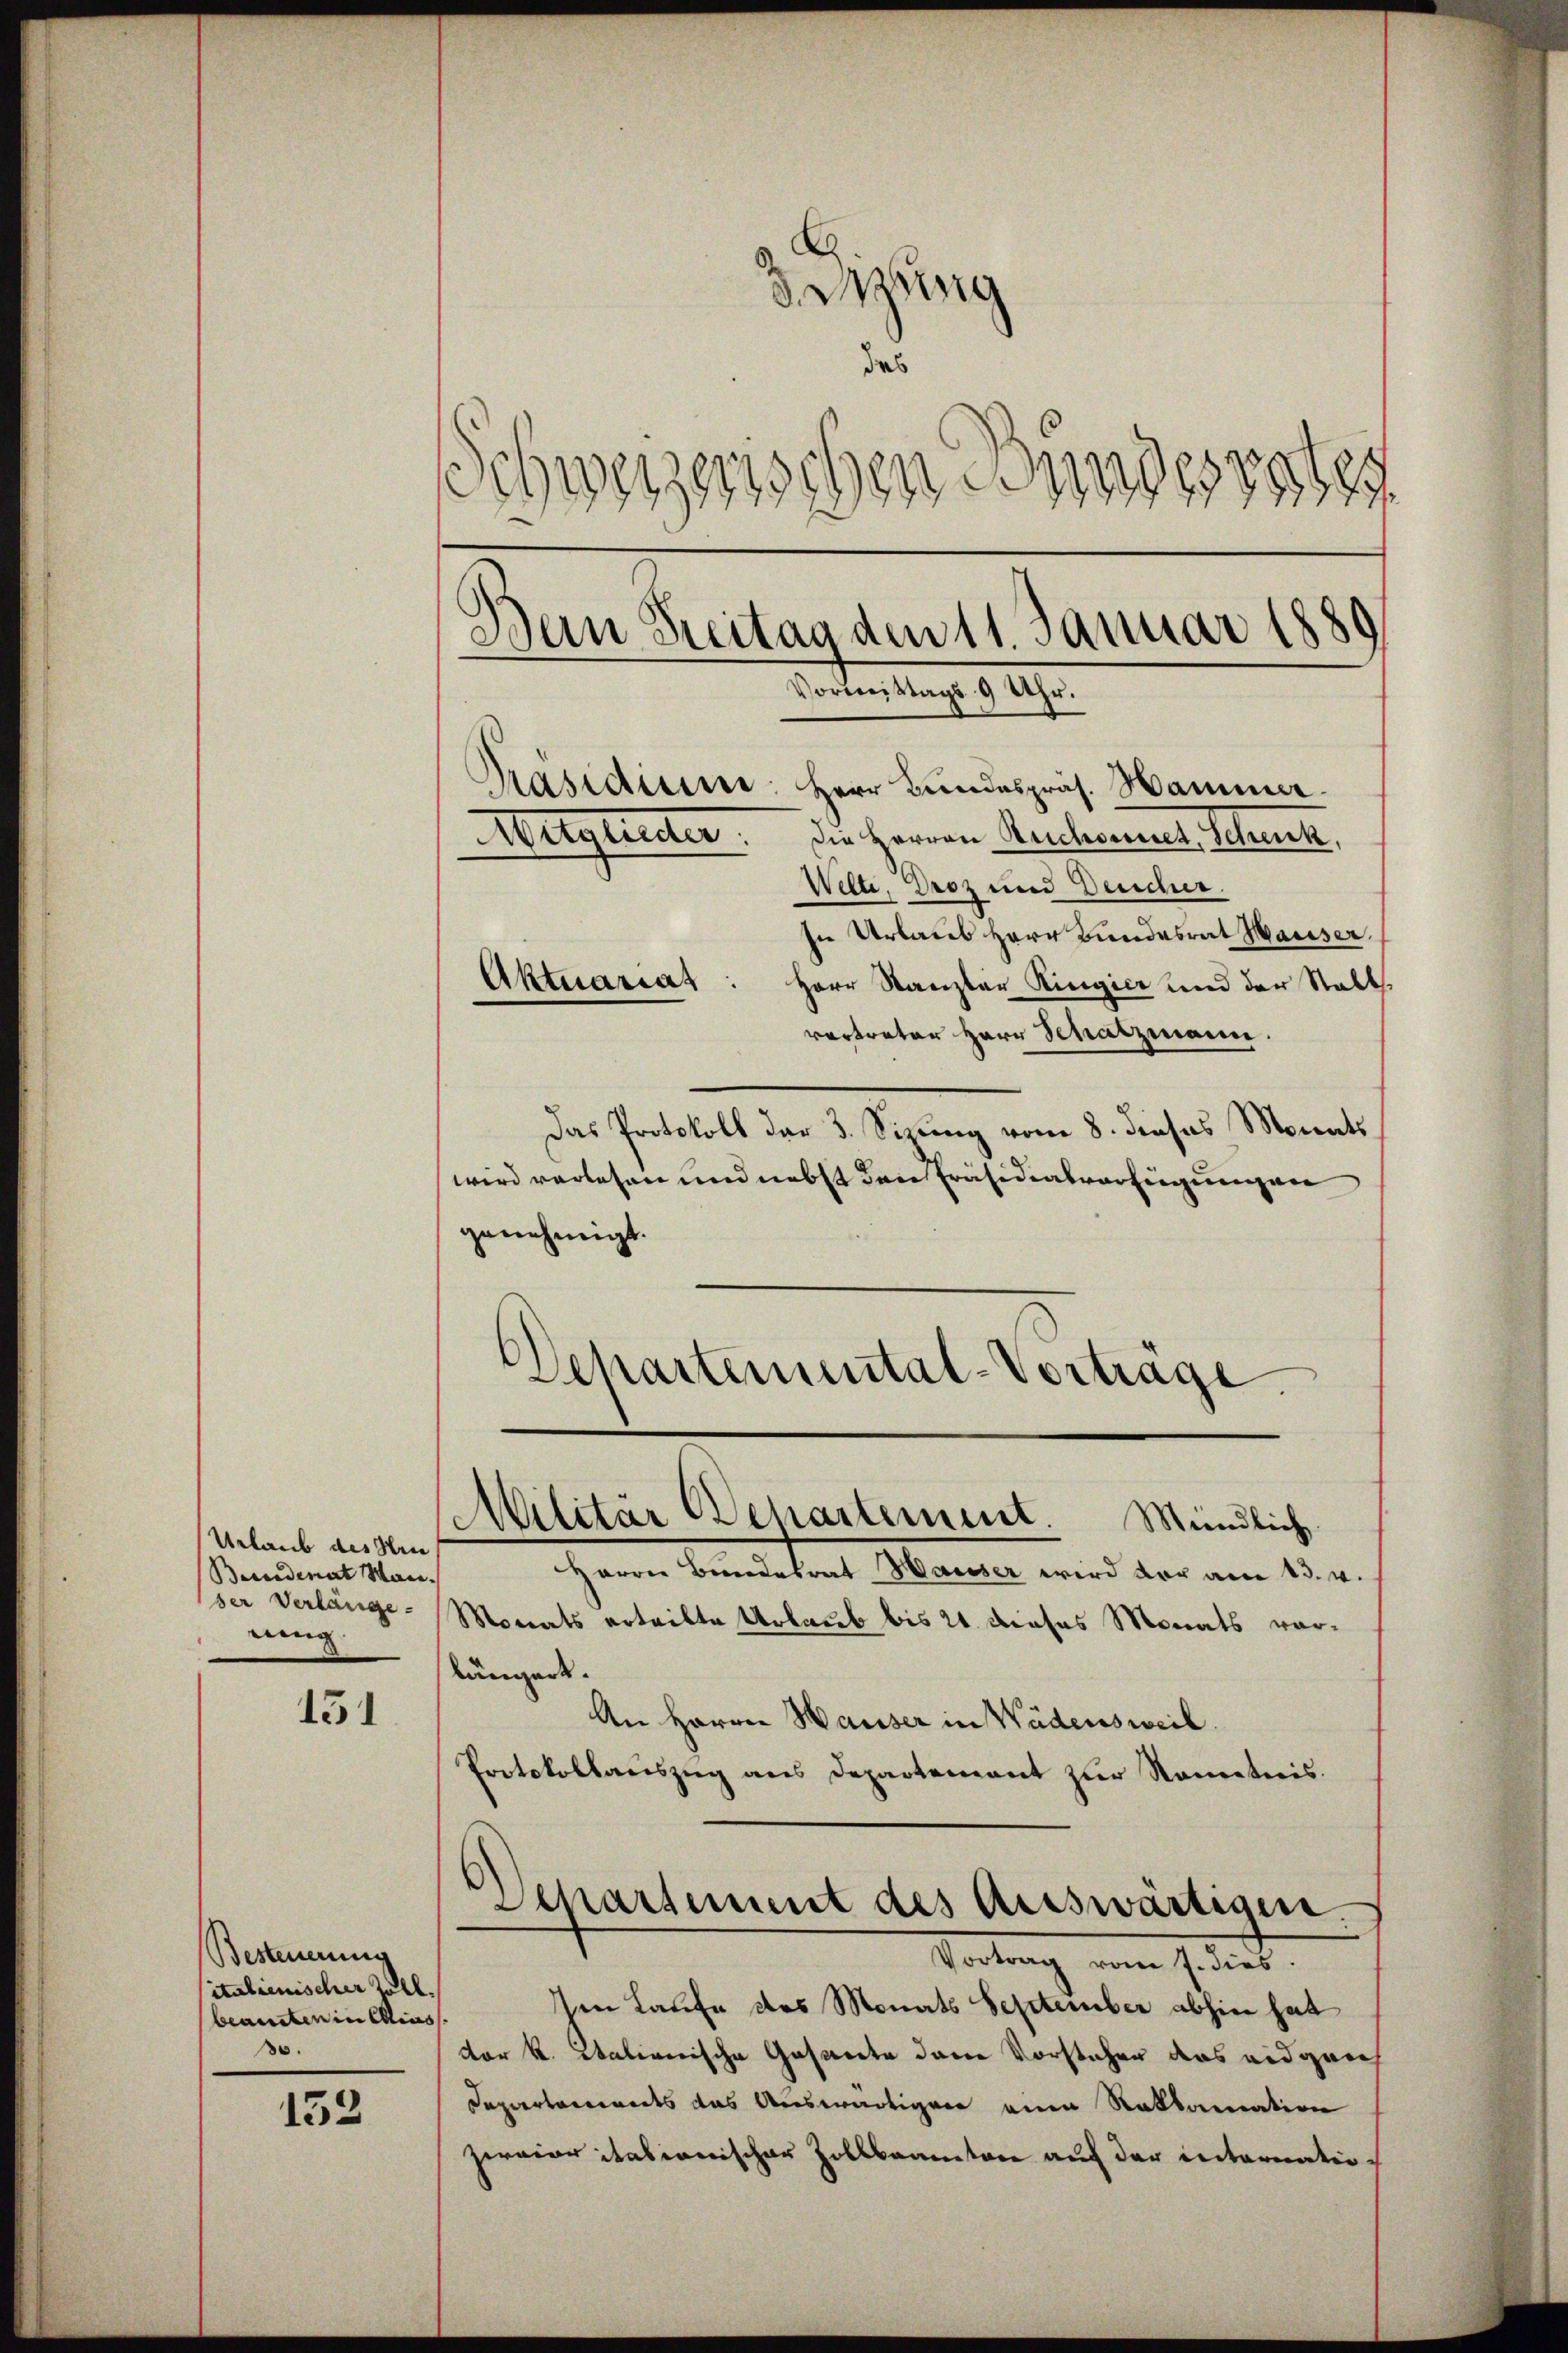
Urlaub des Krie
Bundenat Mann.
ser Verlänge
ning

151

Besteuerung
italienischer Zoll.
beamten in Elias
30.

152

dingung
des
schwerzen
.
schen Bundessel
Dein Freitag den 11. Januar 1889
Vormittags 9 Uhr.
Präsidiene: Herr Bundespräs. Hammer.
Mitglieder. Die Herren Reichwornel, Schenke,
Welte, Droz und Deucher.

.

In Urlaus Herr Bundesrat Hauser.
Herr Kanzler Ringier und der Stall
vertreter Herr Schatzmann.
Das Protokoll der 3. Sizung vom 8. dieses Monats
wird verlesen und nebst den Präsidialverfügungen
genehmigt.
Schartemental-Vortrage.

Aktuariat

Harrer Bundesrat Hauser wird vor am 13. v.
Monats erteilte Urlaub bis 21 dieses Monats vorlängert.
An Herrn Hauser in Wädensweil.
Protokollauszug aus Departement zur Sonnetnis.
d
Departement des auswärtigen.
Vortrag vom 7. dies
Ien Laufe des Monats September abhin hat
dor K. Italienische Gesante dem Vorstehen das eidgrich
Dapiertainets das Auswärtigen eine Reklamation
zeviaritationischer Zollbeamten auf der internatio¬

Militär Departement. Mündlich